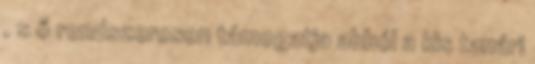
, s ő rendszeresen támogatja abból a kis tanári